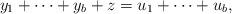
LaTeX: \begin{align*} y_1+\cdots+y_b+z=u_1+\cdots+u_b, \end{align*}